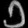
Digit: ၁